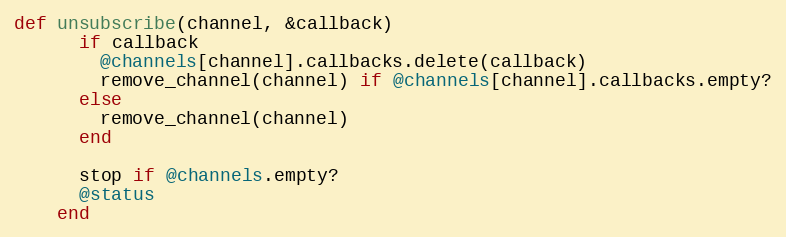
Language: Ruby
def unsubscribe(channel, &callback)
      if callback
        @channels[channel].callbacks.delete(callback)
        remove_channel(channel) if @channels[channel].callbacks.empty?
      else
        remove_channel(channel)
      end

      stop if @channels.empty?
      @status
    end